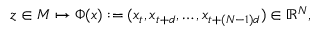
z \in M \mapsto \Phi ( x ) : = ( x _ { t } , x _ { t + d } , \ldots , x _ { t + ( N - 1 ) d } ) \in \mathbb { R } ^ { N } ,